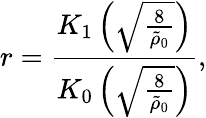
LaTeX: r=\frac{K_{1}\left(\sqrt{\frac{8}{\tilde{\rho}_{0}}}\right)}{K_{0}\left(\sqrt{\frac{8}{\tilde{\rho}_{0}}}\right)},